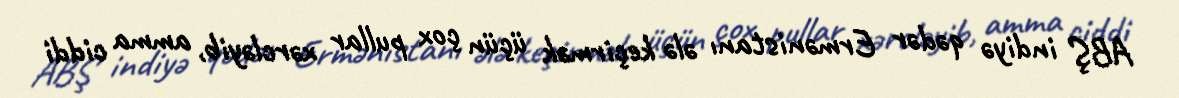
ABŞ indiyə qədər Ermənistanı ələ keçirmək üçün çox pullar xərcləyib, amma ciddi